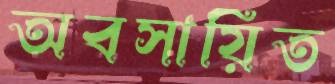
অবসায়িত